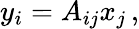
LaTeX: y_{i}=A_{ij}x_{j}\, ,